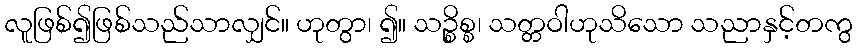
လူဖြစ်၍ဖြစ်သည်သာလျှင်။ ဟုတွာ၊ ၍။ သဉ္စိစ္စ၊ သတ္တဝါဟုသိသော သညာနှင့်တကွ